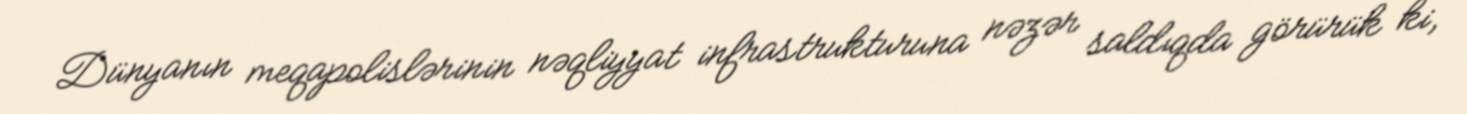
Dünyanın meqapolislərinin nəqliyyat infrastrukturuna nəzər saldıqda görürük ki,